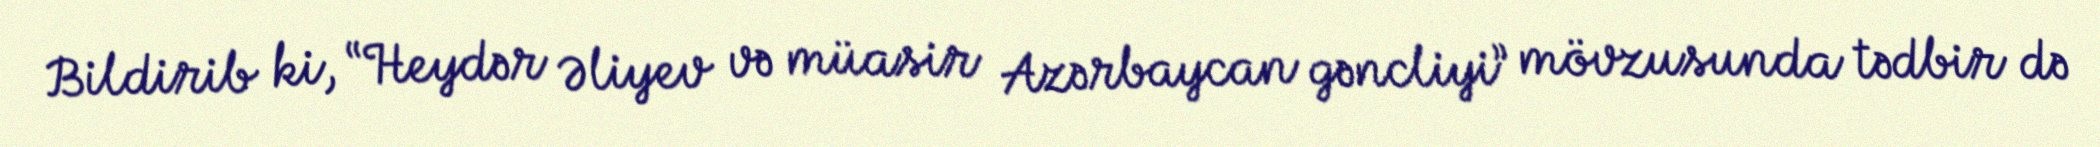
Bildirib ki, “Heydər Əliyev və müasir Azərbaycan gəncliyi” mövzusunda tədbir də